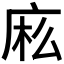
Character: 𰏷